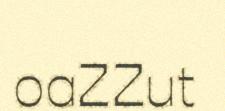
oaZZut